Vaccination in Bombay 1863-1868 - 1863-1868
Year: 1863
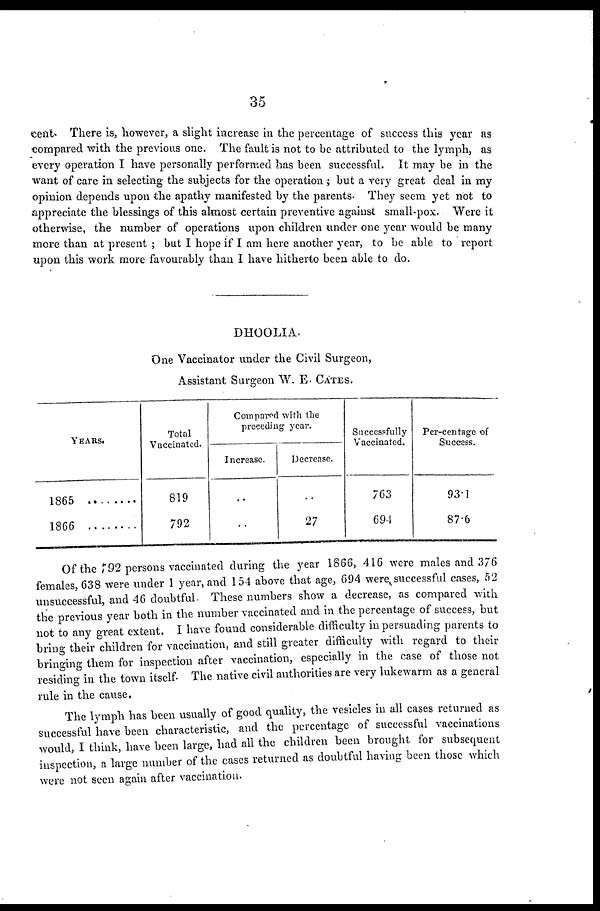
35
cent. There is, however, a slight increase in the percentage of success this year as
compared with the previous one. The fault is not to be attributed to the lymph, as
every operation I have personally performed has been successful. It may be in the
want of care in selecting the subjects for the operation ; but a very great deal in my
opinion depends upon the apathy manifested by the parents. They seem yet not to
appreciate the blessings of this almost certain preventive against small-pox. Were it
otherwise, the number of operations upon children under one year would be many
more than at present ; but I hope if I am here another year, to be able to report
upon this work more favourably than I have hitherto been able to do.
DHOOLIA.
One Vaccinator under the Civil Surgeon,
Assistant Surgeon W. E. CATES.
YEARS.
1865 ........
1866 ........
Total
Vaccinated.
819
792
Compared with the
preceding year.
Increase.
..
..
Decrease.
..
27
Successfully
Vaccinated.
763
694
Per-centage of
Success.
93.1
87.6
Of the 792 persons vaccinated during the year 1866, 416 were males and 376
females, 638 were under 1 year, and 154 above that age, 694 were successful cases, 52
unsuccessful, and 46 doubtful. These numbers show a decrease, as compared with
the previous year both in the number vaccinated and in the percentage of success, but
not to any great extent. I have found considerable difficulty in persuading parents to
bring their children for vaccination, and still greater difficulty with regard to their
bringing them for inspection after vaccination, especially in the case of those not
residing in the town itself. The native civil authorities are very lukewarm as a general
rule in the cause.
The lymph has been usually of good quality, the vesicles in all cases returned as
successful have been characteristic, and the percentage of successful vaccinations
would, I think, have been large, had all the children been brought for subsequent
inspection, a large number of the cases returned as doubtful having been those which
were not seen again after vaccination.